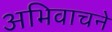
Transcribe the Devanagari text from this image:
अभिवाचने